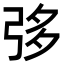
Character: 𢏜